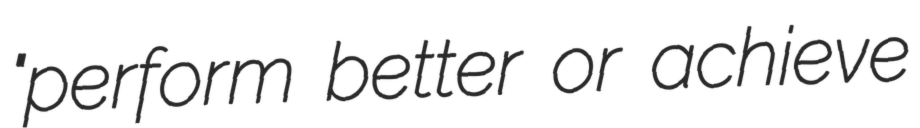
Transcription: "perform better or achieve